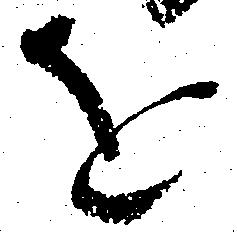
を